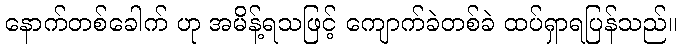
နောက်တစ်ခေါက် ဟု အမိန့်ရသဖြင့် ကျောက်ခဲတစ်ခဲ ထပ်ရှာရပြန်သည်။